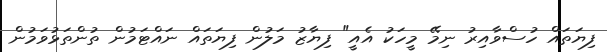
ފިޔަތައް ހުސްވާއިރު ނިމޭ މީހަކު އެއީ" ފިޔާޒު މަލުން ފިޔަތައް ނައްޓަމުން ތުންތަޅުވަމުން